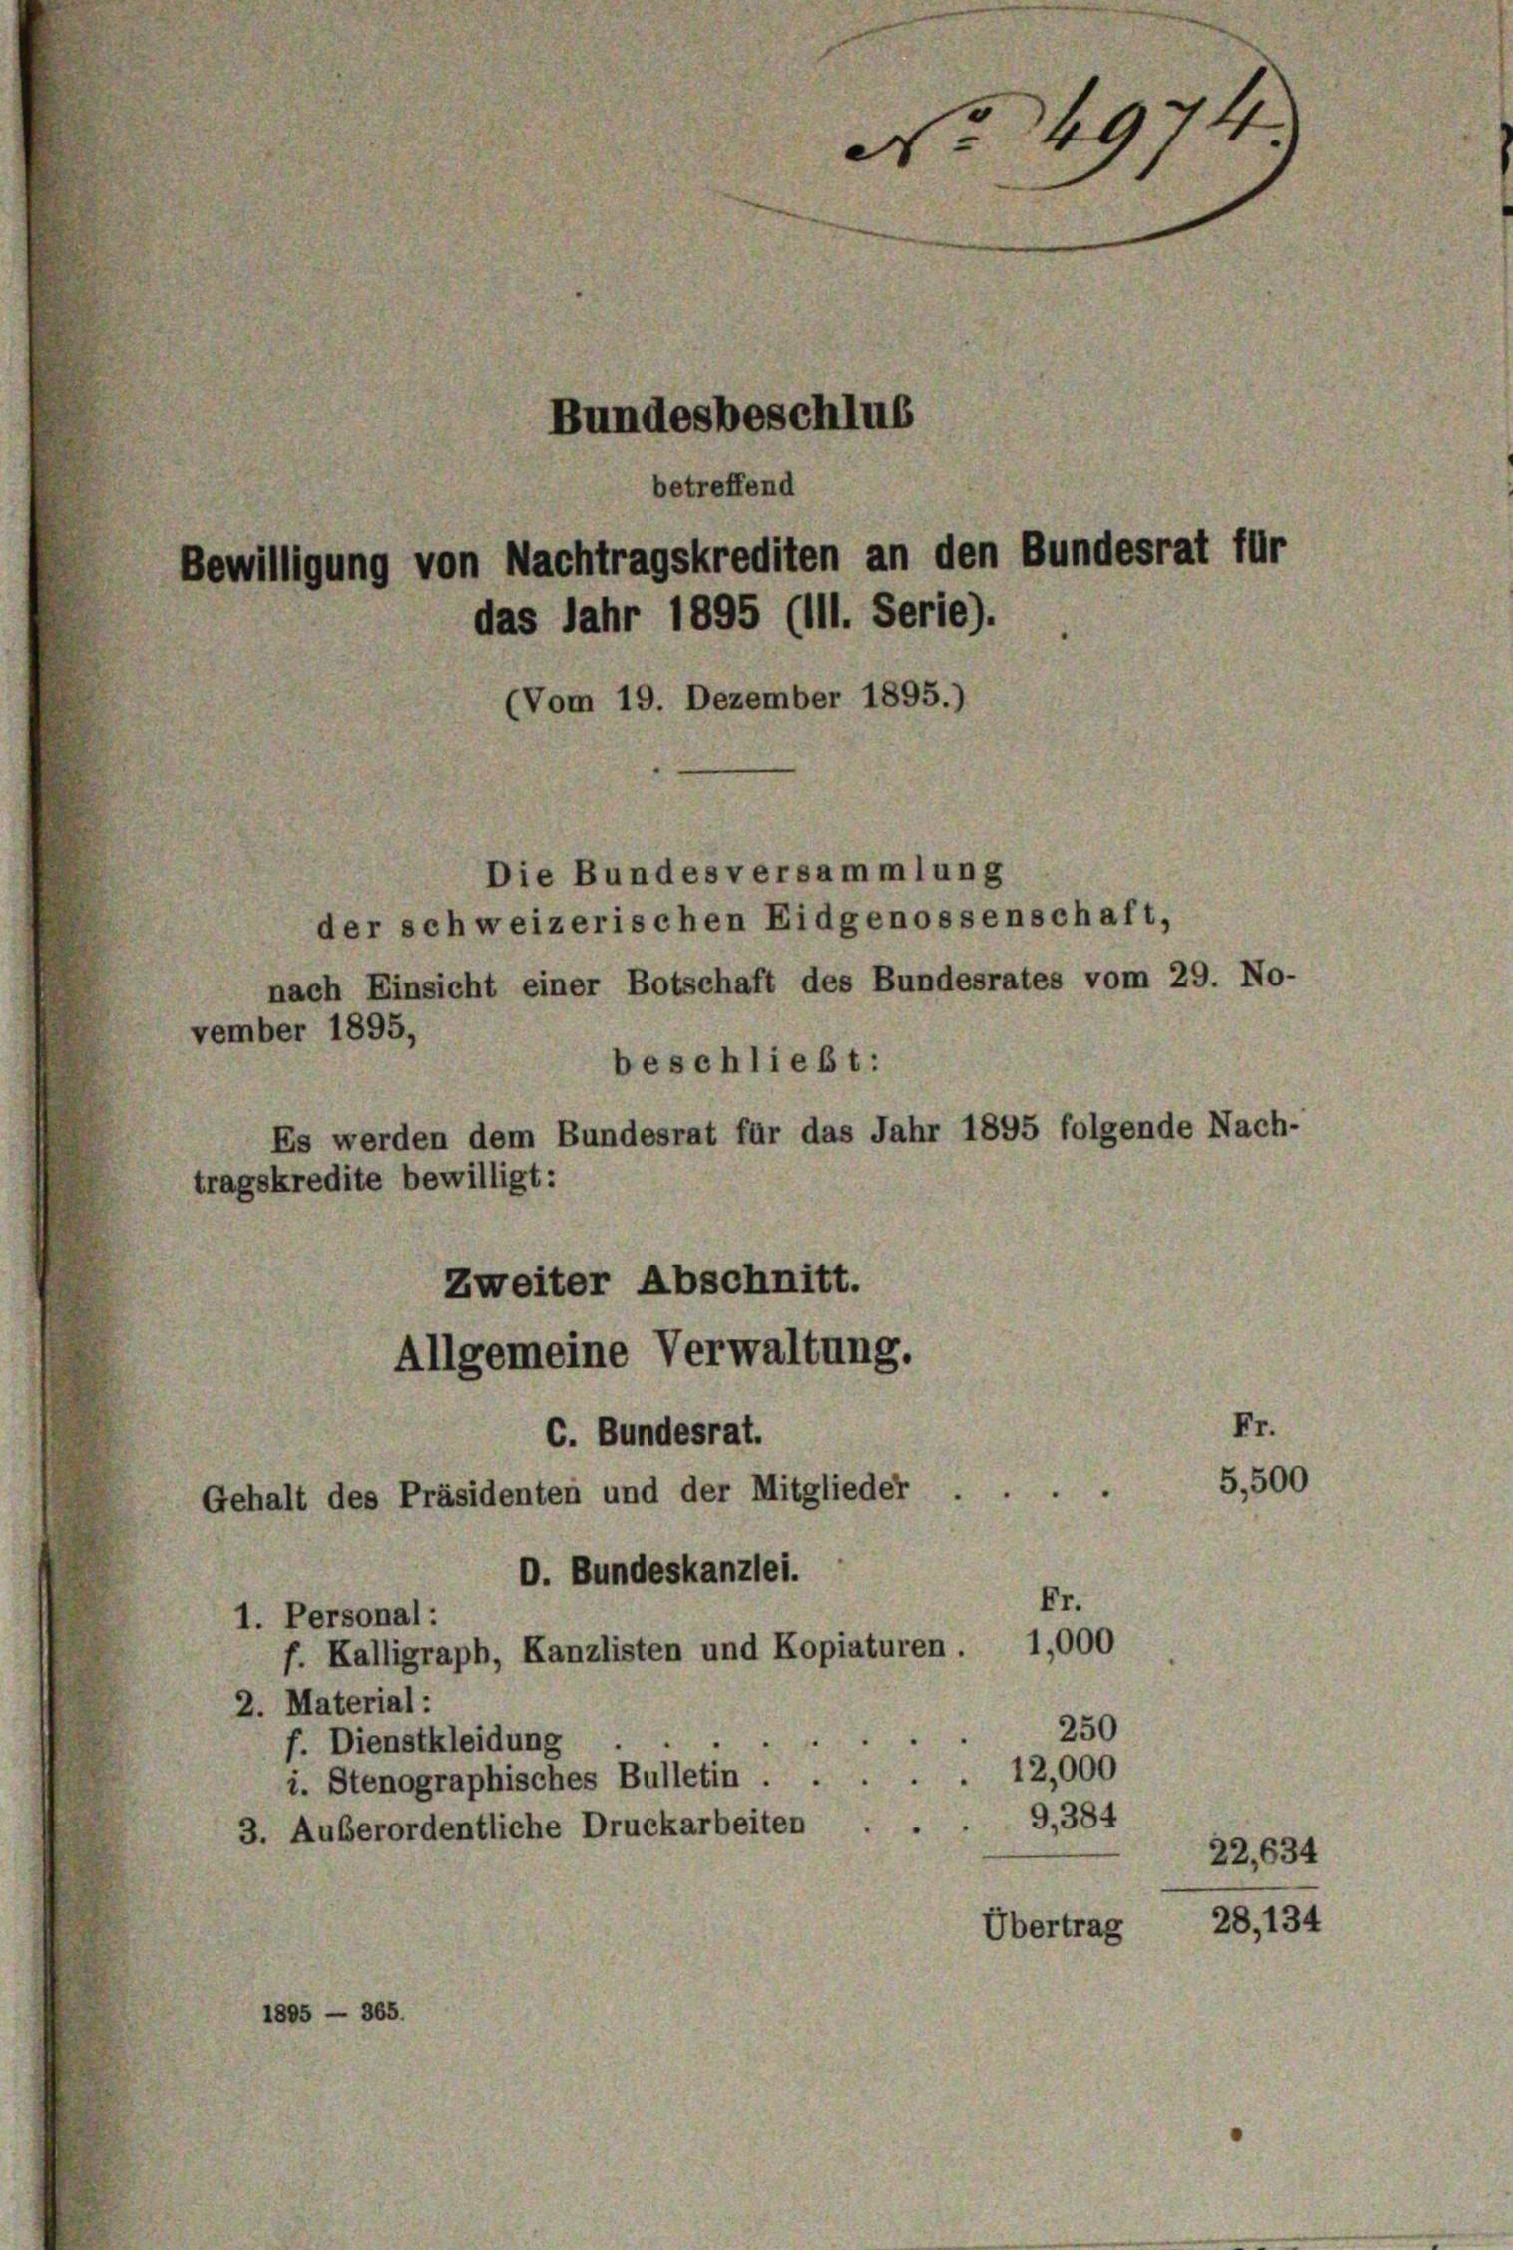
No. 4974.
Bundesbeschlus
betreffend
Bewilligung von Nachtragskrediten an den Bundesrat für
das Jahr 1895 (111. Serie).

vember 1895,

(Vom 19. Dezember 1895.)
Die Bundesversammlung
der schweizerischen Eidgenossenschaft,
nach Einsicht einer Botschaft des Bundesrates vom 29. No-
beschließt:
Es werden dem Bundesrat für das Jahr 1895 folgende Nach-
tragskredite bewilligt:
Zweiter Abschnitt.

2. Material:
f. Dienstkleidung
i. Stenographisches Bulletin
3. Außerordentliche Druckarbeiten . .
1805 — 365.

Allgemeine Verwaltung.
Fr.
C. Bundesrat.
5,500
Gehalt des Präsidenten und der Mitglieder ....
D. Bundeskanzlei.
Fr.
1. Personal:
f. Kalligraph, Kanzlisten und Kopiaturen . 1,000

Übertrag

e

250
12,000
9,384
22,634
28, 134